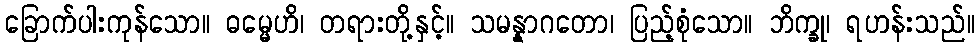
ခြောက်ပါးကုန်သော။ ဓမ္မေဟိ၊ တရားတို့နှင့်။ သမန္နာဂတော၊ ပြည့်စုံသော။ ဘိက္ခု၊ ရဟန်းသည်။